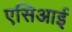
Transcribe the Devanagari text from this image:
एसिआई